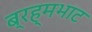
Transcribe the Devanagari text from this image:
ब्रह्मभाट